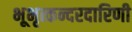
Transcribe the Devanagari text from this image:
भूभृत्कन्दरदारिणी